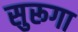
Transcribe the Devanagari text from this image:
सुरूगा